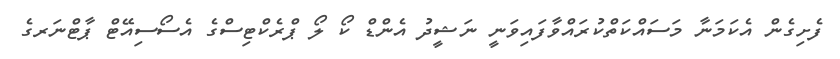
ފެށިގެން އެކަމަނާ މަސައްކަތްކުރައްވާފައިވަނީ ނަޝީދު އެންޑް ކޯ ލޯ ޕްރެކްޓިސްގެ އެސޯސިއޭޓް ޕާޓްނަރގެ